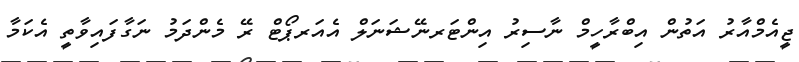
ޖީއެމްއާރު އަތުން އިބްރާހީމް ނާސިރު އިންޓަރނޭޝަނަލް އެއަރޕޯޓް ރޭ މެންދަމު ނަގާފައިވާތީ އެކަމާ